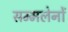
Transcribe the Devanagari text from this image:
सम्मलेनों